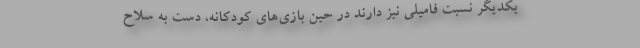
یکدیگر نسبت فامیلی نیز دارند در حین بازی‌های کودکانه، دست به سلاح